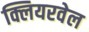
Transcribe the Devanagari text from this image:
क्लियरवेल